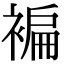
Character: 褊